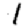
Digit: 1